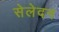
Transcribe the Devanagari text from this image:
सेलेदन